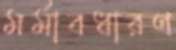
মর্মাবধারণ